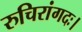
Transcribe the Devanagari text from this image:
रुचिरांगदः।